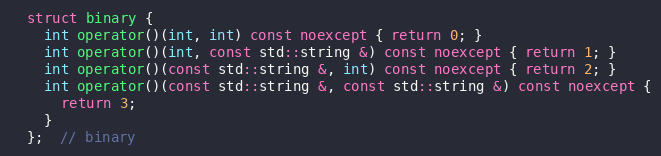
Language: C++
  struct binary {
    int operator()(int, int) const noexcept { return 0; }
    int operator()(int, const std::string &) const noexcept { return 1; }
    int operator()(const std::string &, int) const noexcept { return 2; }
    int operator()(const std::string &, const std::string &) const noexcept {
      return 3;
    }
  };  // binary